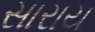
સારાય